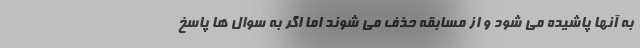
به آنها پاشیده می شود و از مسابقه حذف می شوند اما اگر به سوال ها پاسخ